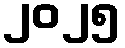
၂၀၂၅